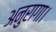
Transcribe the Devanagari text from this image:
अनुरागा।